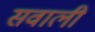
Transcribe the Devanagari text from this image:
सवाली